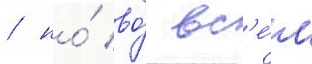
/ но́ во́ вс'е́м